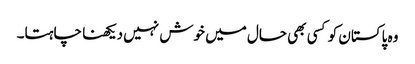
وہ پاکستان کو کسی بھی حال میں خوش نہیں دیکھنا چاہتا۔